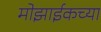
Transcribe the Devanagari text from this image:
मोझाईकच्या